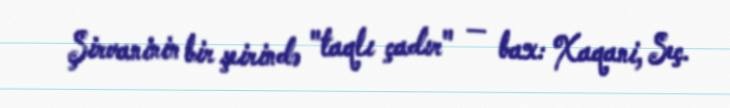
Şirvaninin bir şeirində "taqlı çadır" — bax: Xaqani, Seç.